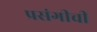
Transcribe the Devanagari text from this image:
प्रसंगीची